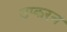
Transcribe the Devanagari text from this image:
उप्करन